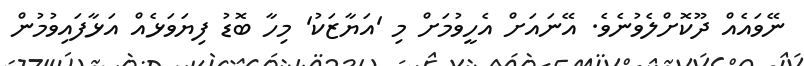
ނޭވައެއް ދޫކޮށްލެވުނެވެ. އޭނައަށް އެހީވުމަށް މި 'އަޔާޒަކު' މިހާ ބޮޑު ފިޔަވަޅެއް އަޅާފައިވުމުން